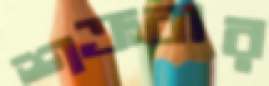
শক্রবার